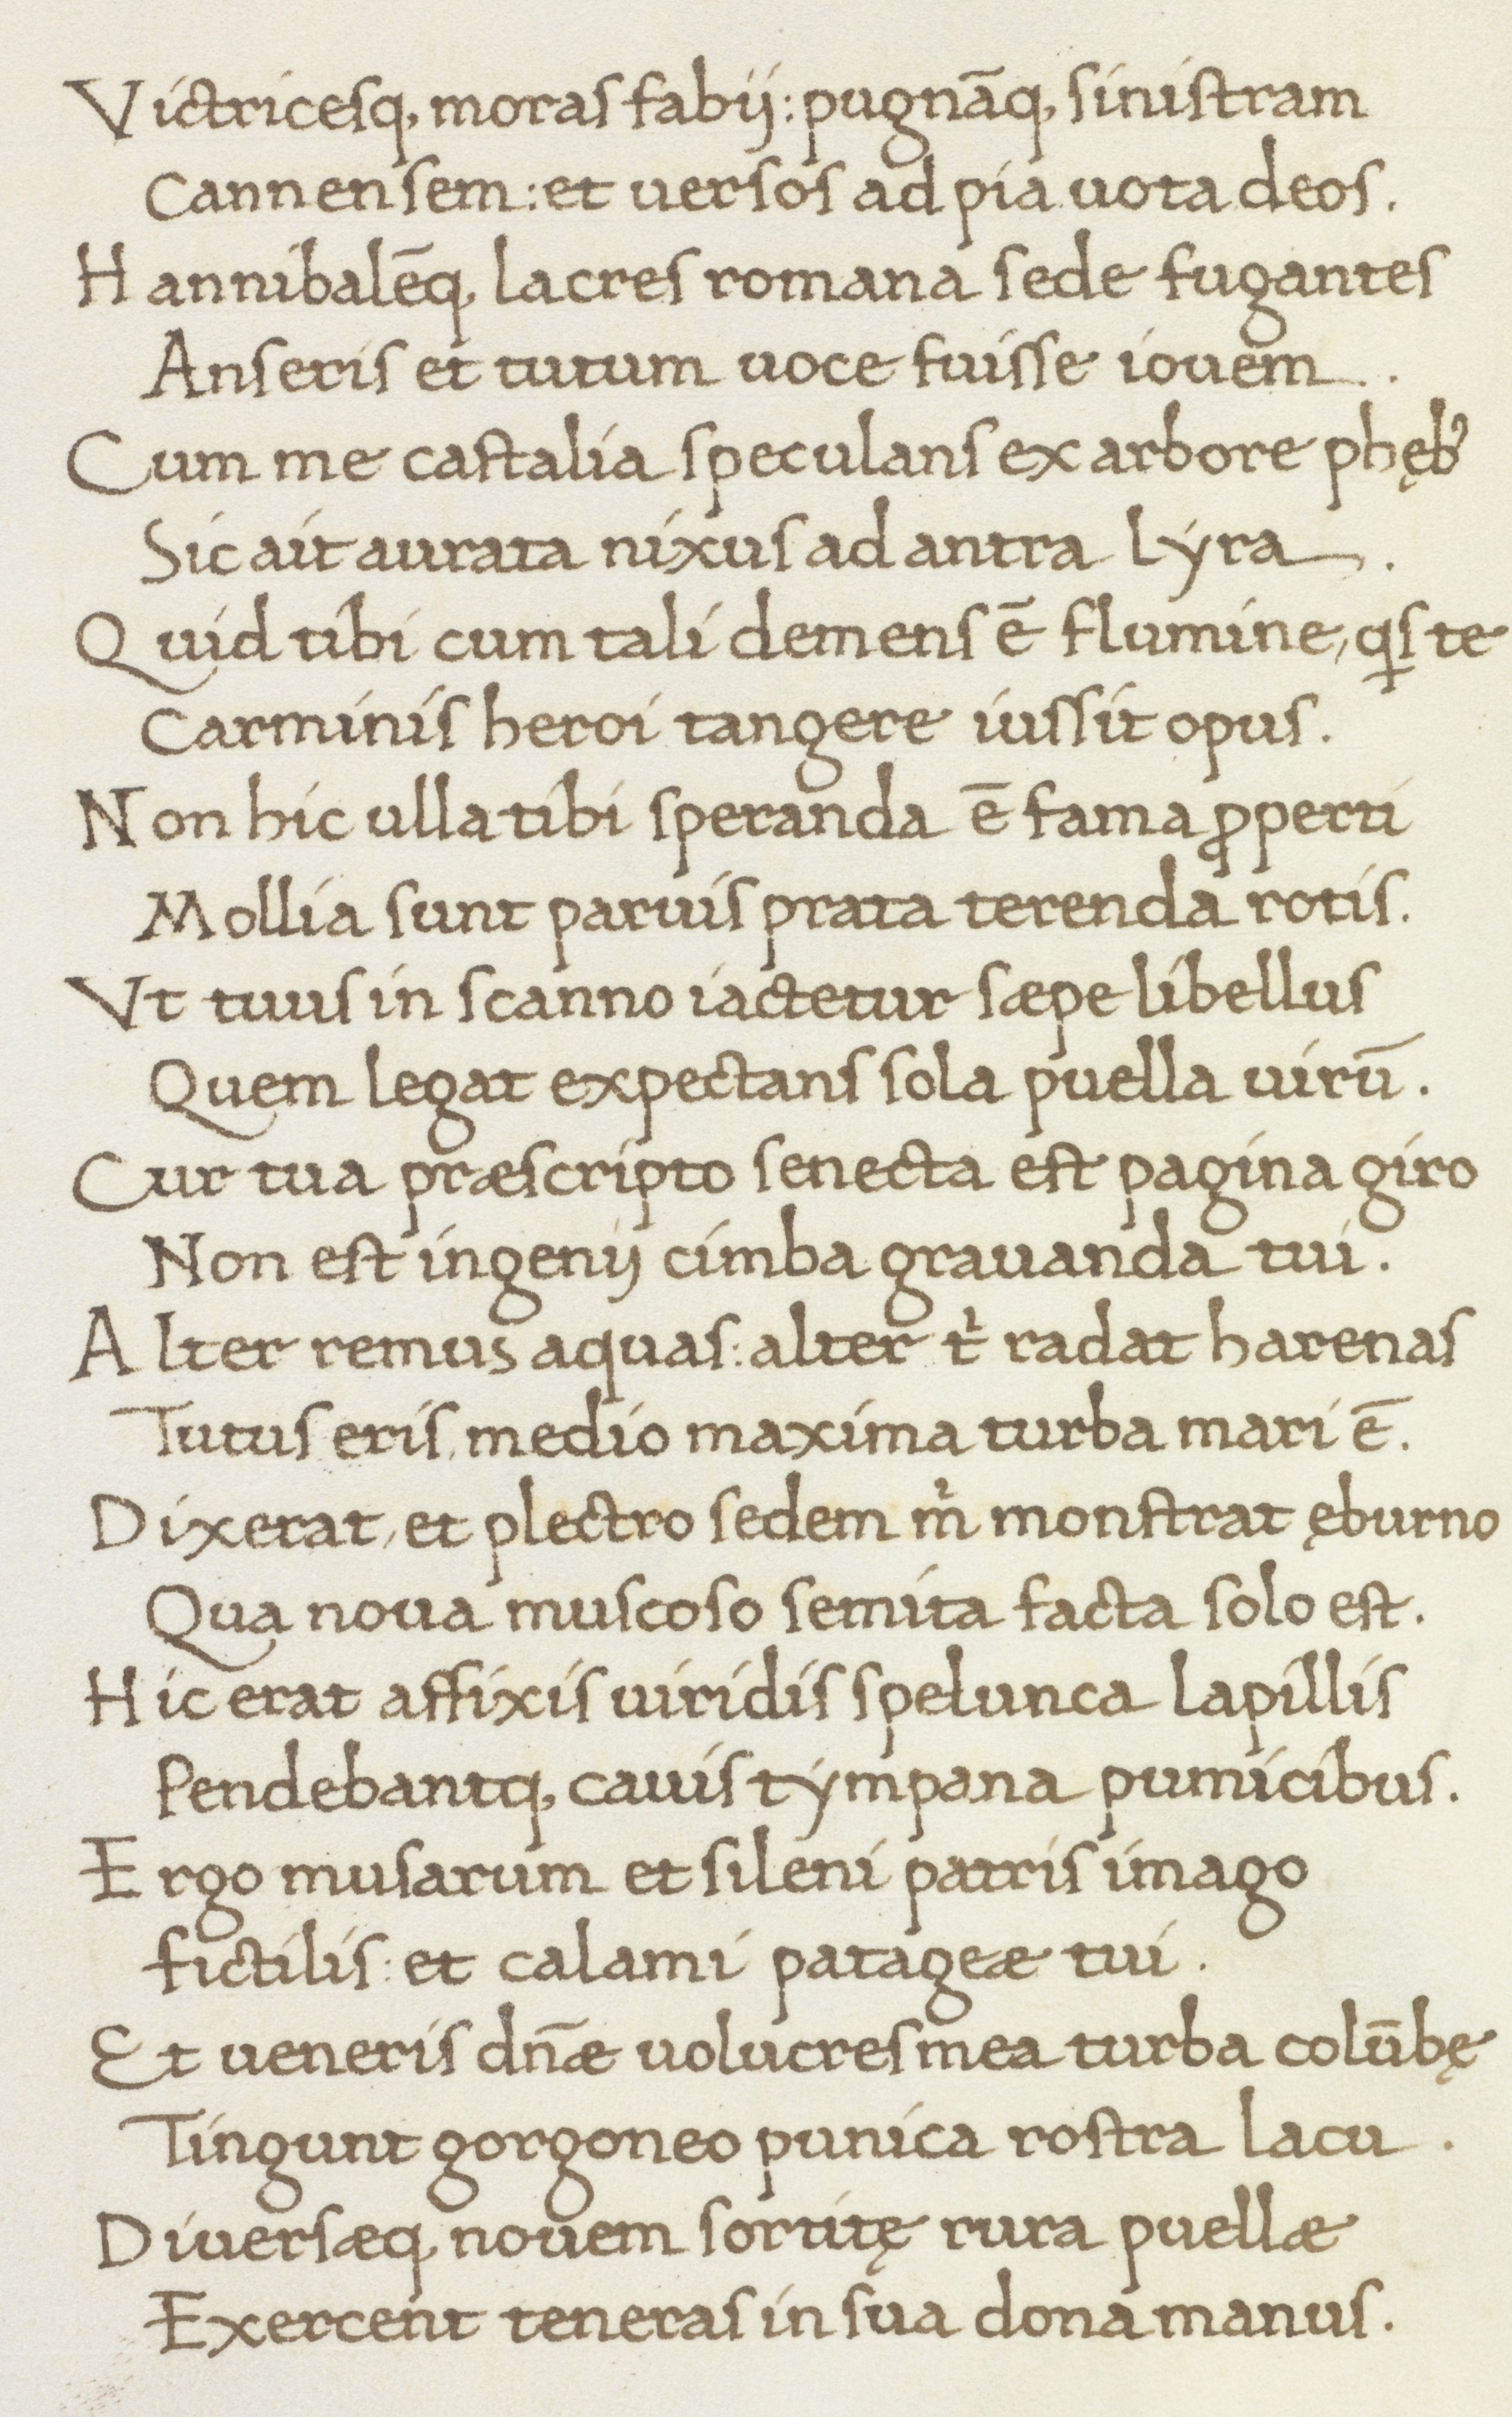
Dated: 1466–1466